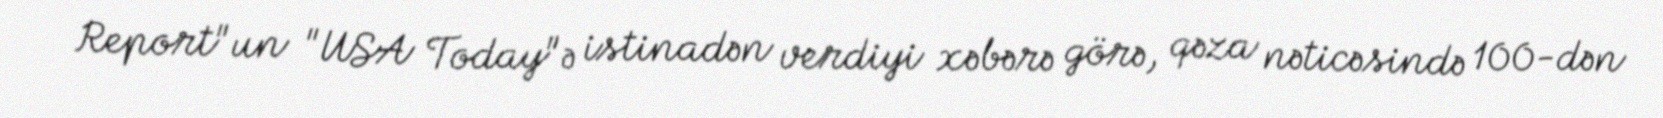
Report"un "USA Today"ə istinadən verdiyi xəbərə görə, qəza nəticəsində 100-dən